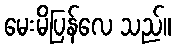
မေးမိပြန်လေ သည်။